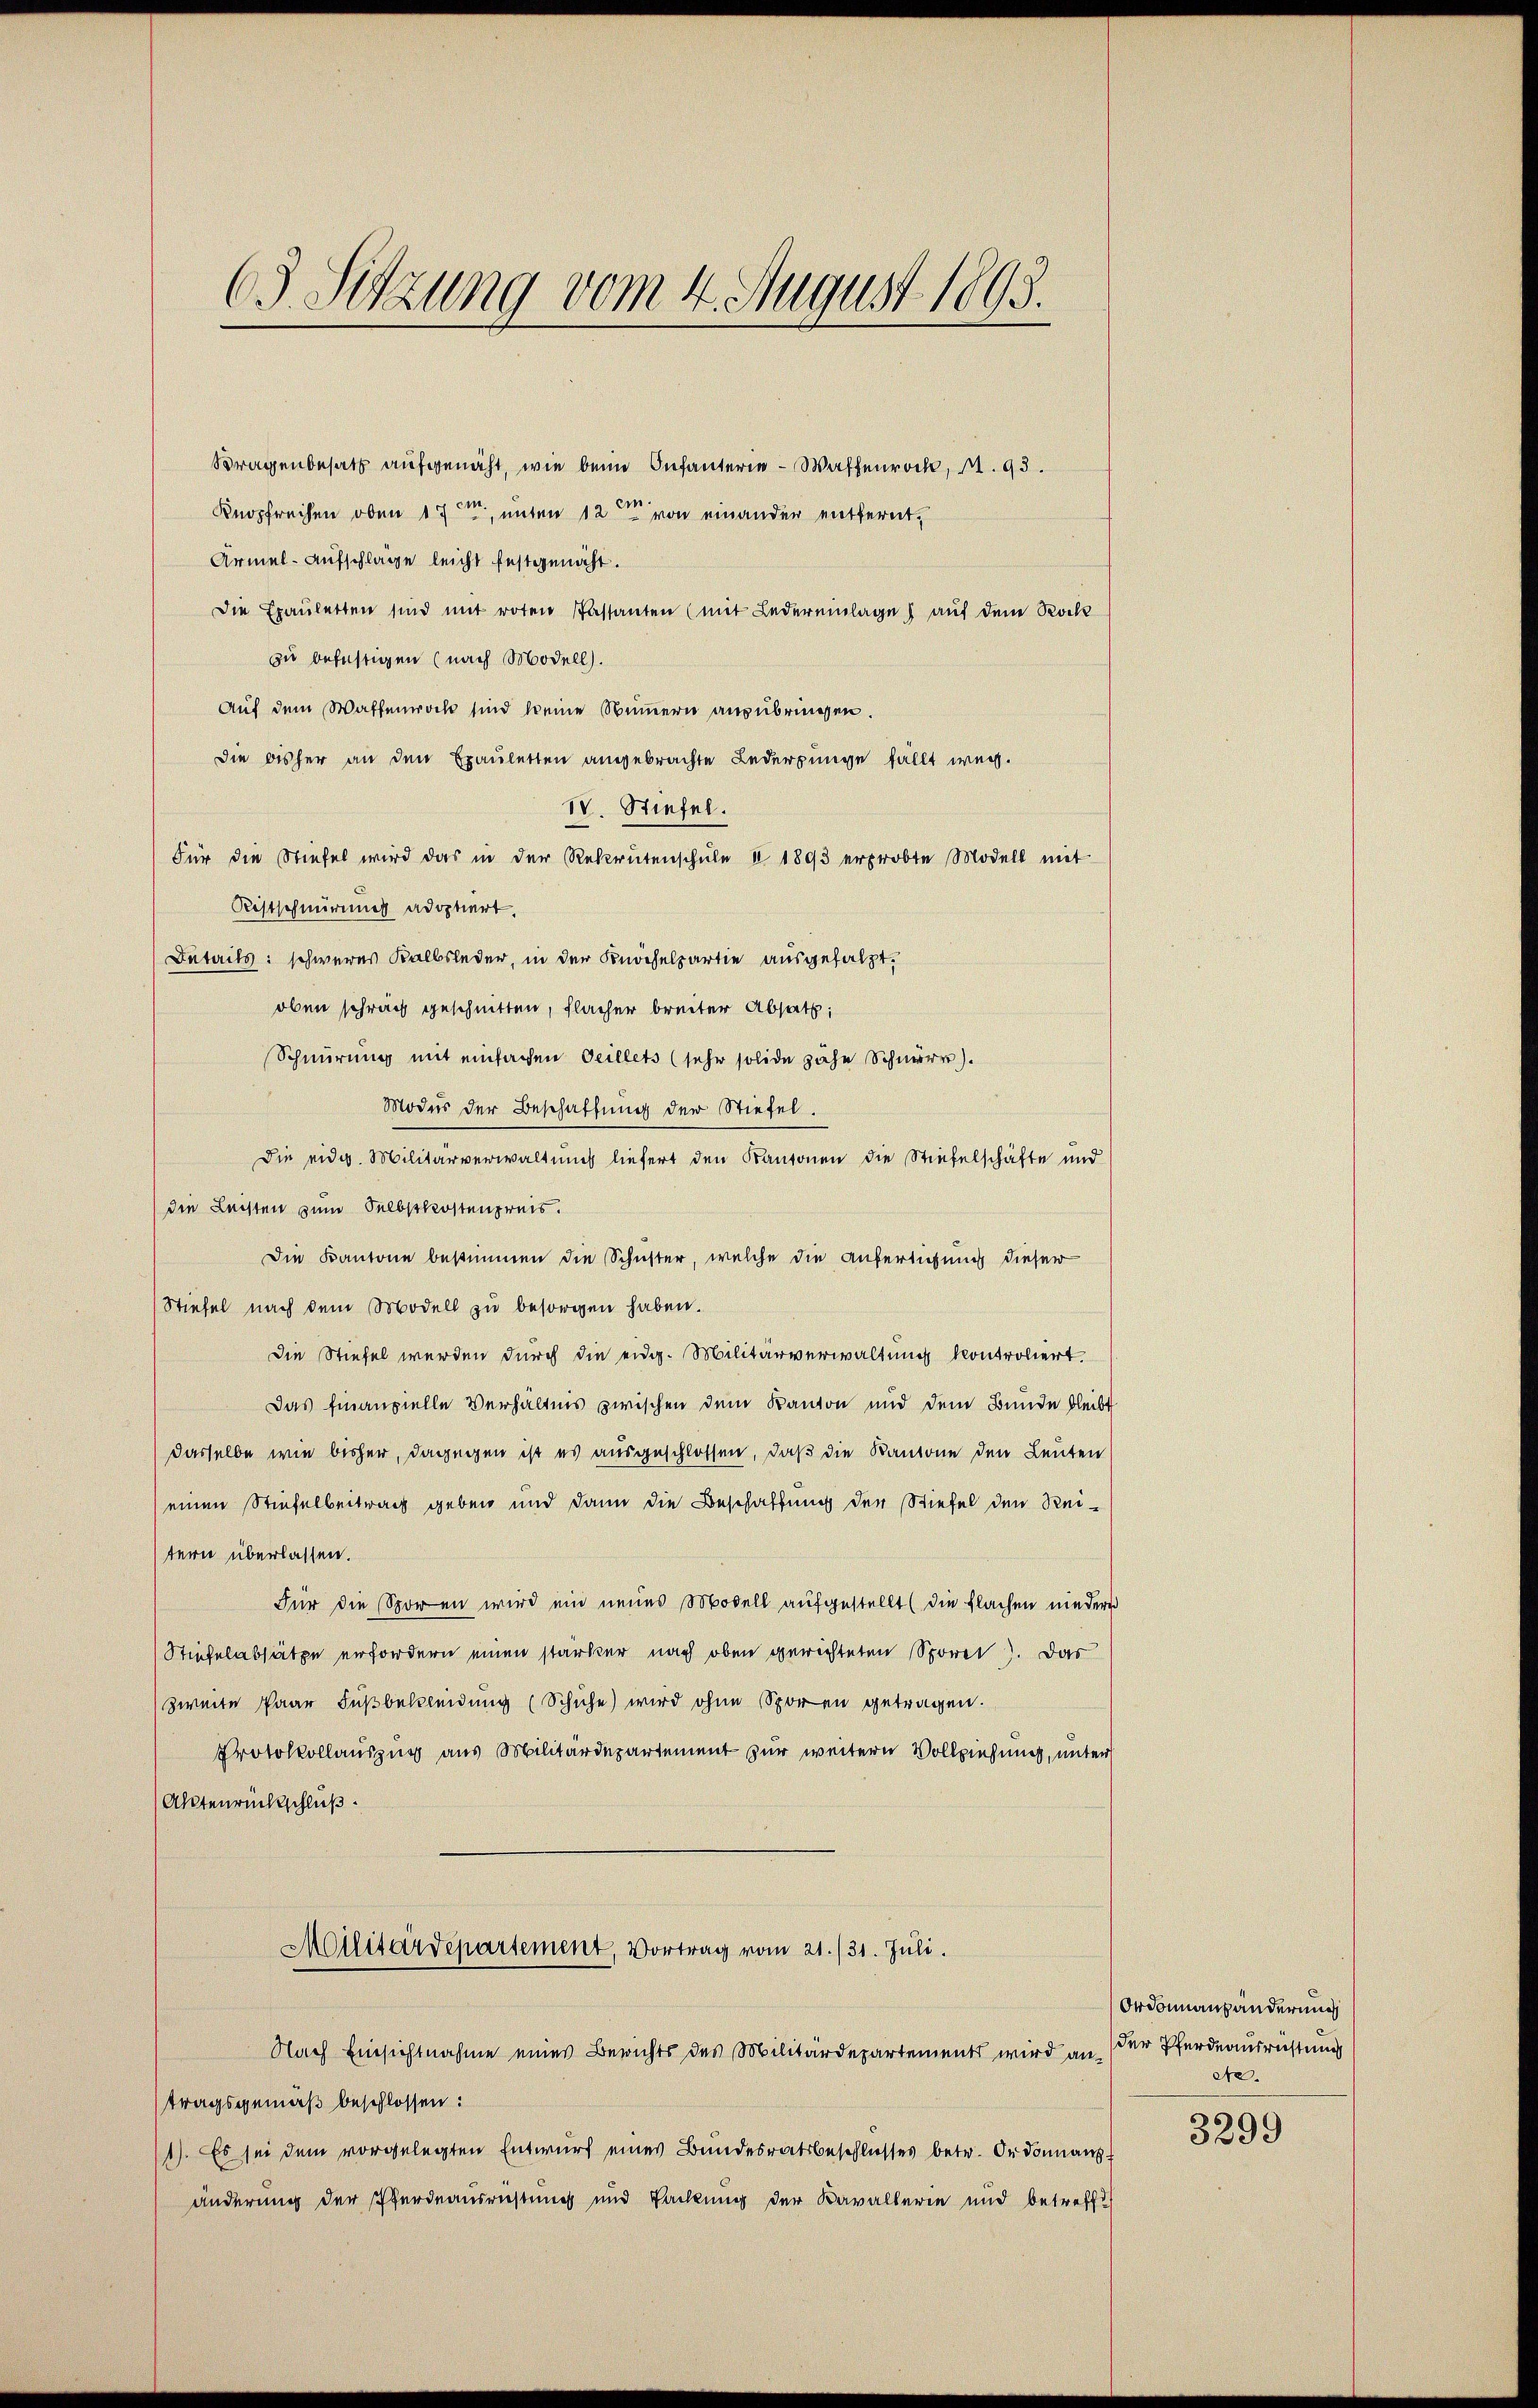
63 Sitzung vom 4. August 1895.

Bragenbehalt aufgenäht, wie beim Infanterie-Waffenrock, A. 93.
Knopfreihen oben 17ten unten 12ten von einander entfernt,
Armel-Aufschläge leicht festgenacht.
Die Epauletten sind mit roten Passanten (mit Ledereinlage) auf dem Rock
zu befüstigen (nach Modell.
Auf dem Waffenwoch sind keine Summern anzubringen.
Die bisher an den Exauletten angebrachte Ledergunge fällt weg.
IV. Stiefel.
Für die Stiefel wird das in der Rekrutenschŭle 1 1893 erprobte Modell mit
Ristschnürung adoptiert.
Details: schweres Kalbsleder, in der Knöchelsartie ausgesalzt.
oben schräch geschnitten, Flächer breiter Absatz,
Schnürung mit einfachen Teillets (sehr solide zähe Schnurr).
Modus der Beschaffung der Stiefel.
Die eidg. Militärverwaltung liefert den Kantonen die Stiefelschäfte und
die Leisten zum Selbstkostenpreis.
Die Kantone bestimmen die Schuster, welche die Anfertigung dieser
Stiefel nach dem Modell zu besorgen haben.
Die Stiefel werden durch die eidg. Militärverwaltung kontroliert.
Das finanzielle Verhältnis zwischen dem Kanton und dem Bunde bleibt
dasselbe wie bisher, dagegen ist es ausgeschlossen, daß die Kantone den Leuten
(einen Stiefelbeitrag geben und dann die Beschaffung der Stiefel den Reitern überlassen.
Für die Sporen wird ein neues Modell aufgestellt (die Flachen nieder
Stiefelabsätze erfordern einen starker nach oben gerichteten Sporet. Das
zweite Paar Fußbekleidung (Schuhe wird ohne Sporen getragen.
Protokollauszug aus Militärdepartement zur weitern Vollziehung, unter
(Aktenrückschluß.
Militärdepartement, Vortrag vom 21./31. Juli.
Nach Einsichtnahme eines Berichts des Militärdepartements wird antragsgemäß beschlossen:
1). Es sei dem vorgelegten Entwurf eines Bundesratsbeschlusses betr. Ordonnans
änderung der Pferdeausriestung und Packung der Kavallerie und betreffe

Ordonnanhänderung
der Pferdeausrichtung
ete.

3299